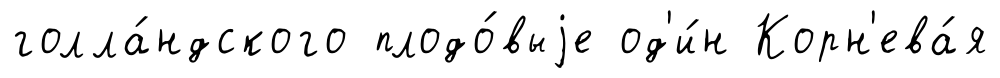
голла́ндского плодо́выjе од'и́н Корн'ева́я